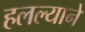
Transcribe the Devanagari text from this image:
हलल्याने